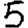
Digit: 5